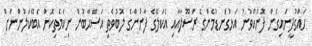
ހައްގުދީނައިގެން ފޮނުއްވުނު އަޅުގަނޑުމެންގެ ރަސޫލާއާއި އެކަލޭގެ ފާނުންގެ ލޮބުވެތި އަސްޙާބުން ނިކަމެތިކޮށް އެބޭކަލުންނަށް